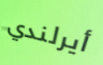
أيرلندي